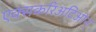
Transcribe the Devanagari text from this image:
एक्सकरिअटिओन्